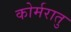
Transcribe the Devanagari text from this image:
कोर्मरातु